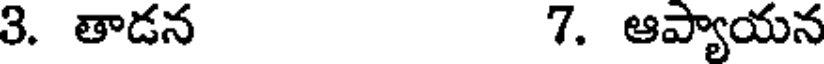
3. తాడన 7. ఆప్యాయన